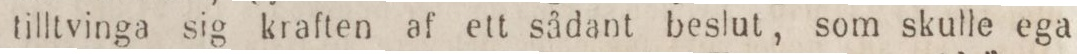
tilltvinga sig kraften af ett sådant beslut, som skulle ega